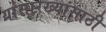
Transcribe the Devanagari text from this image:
यांसारख्यांसाठी